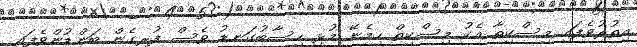
އިތުރުވެފައި މިސްކިތާ އެކު މިސްކިތް ހިމެނޭ މުޅި ހިސާބުގަނޑު ވެސް ފުރިގެން ބަންޑުންވެފައި